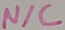
Text: N/C